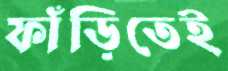
ফাঁড়িতেই